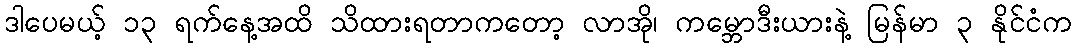
ဒါပေမယ့် ၁၃ ရက်နေ့အထိ သိထားရတာကတော့ လာအို၊ ကမ္ဘောဒီးယားနဲ့ မြန်မာ ၃ နိုင်ငံက